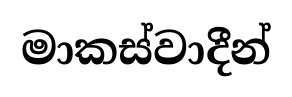
මාකස්වාදීන්